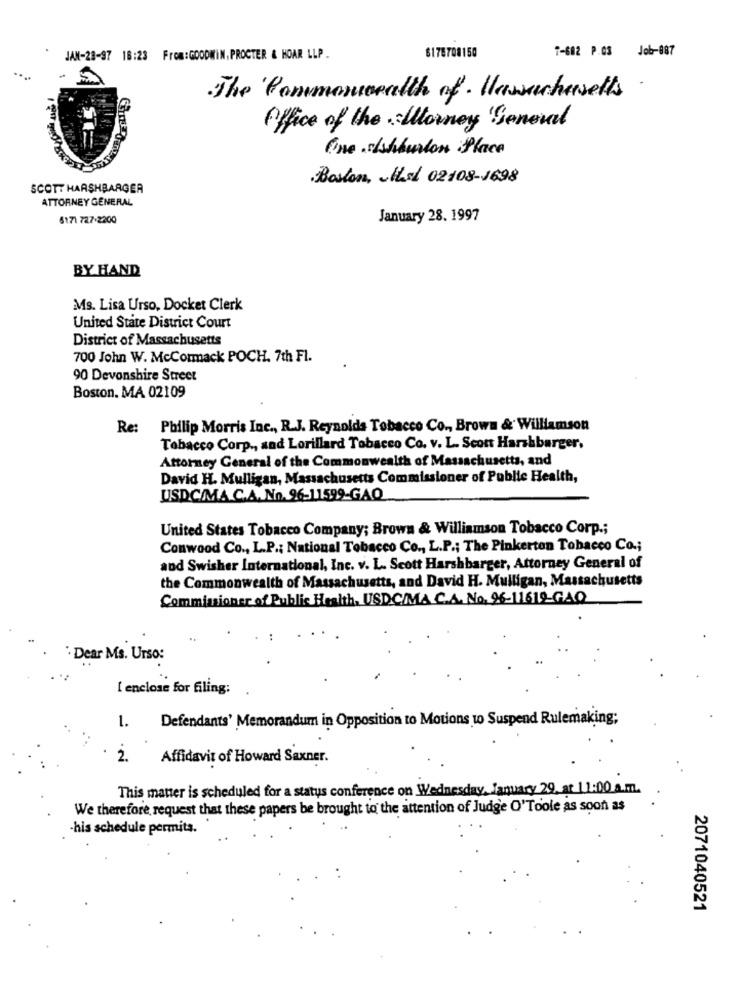
7-602 P.OS Job-087
JAN-28-97 18:23 From:GOODWIN, PROCTER & HOAR LLP .
6175708150
The Commonwealth of . Hawachusetts
Office of the Horney General
One Ashburton Placa
Boston, Hsl 02108-1698
SCOTT HARSHBARGER
ATTORNEY GENERAL
6171 727-2200
January 28. 1997
BY HAND
Ms. Lisa Urso, Docket Clerk
United State District Court
District of Massachusetts
700 John W. McCormack POCH. 7th Fl.
90 Devonshire Street
Boston. MA 02109
Re: Philip Morris Inc ., R.J. Reynolds Tobacco Co ., Brown & Williamson
Tobacco Corp ., and Lorillard Tobacco Co. v. L. Scon Harshbarger,
Attorney General of the Commonwealth of Massachusetts, and
David H. Mulligan, Massachusetts Commissioner of Public Health,
USDC/MA.C.A. No. 96-11599-GAQ
United States Tobacco Company; Brown & Williamson Tobacco Corp .;
Conwood Co ., L.P .: National Tobacco Co ., L.P .; The Pinkerton Tobacco Co .;
and Swisher International, Inc. v. L. Scott Harshbarger, Attorney General of
the Commonwealth of Massachusetts, and David H. Mulligan, Massachusetts
Commissioner of Public Health, USDC/MA C.A. No. 96-11612-GAQ
` Dear Ms. Urso:
I enclose for filing:
Defendants' Memorandum in Opposition to Motions to Suspend Rulemaking;
1.
2.
Affidavit of Howard Saxner.
This matter is scheduled for a status conference on Wednesday, January 29, at 11:00 a.m.
We therefore, request that these papers be brought to the attention of Judge O'Toole as soon as
-his schedule permits.
2071040521